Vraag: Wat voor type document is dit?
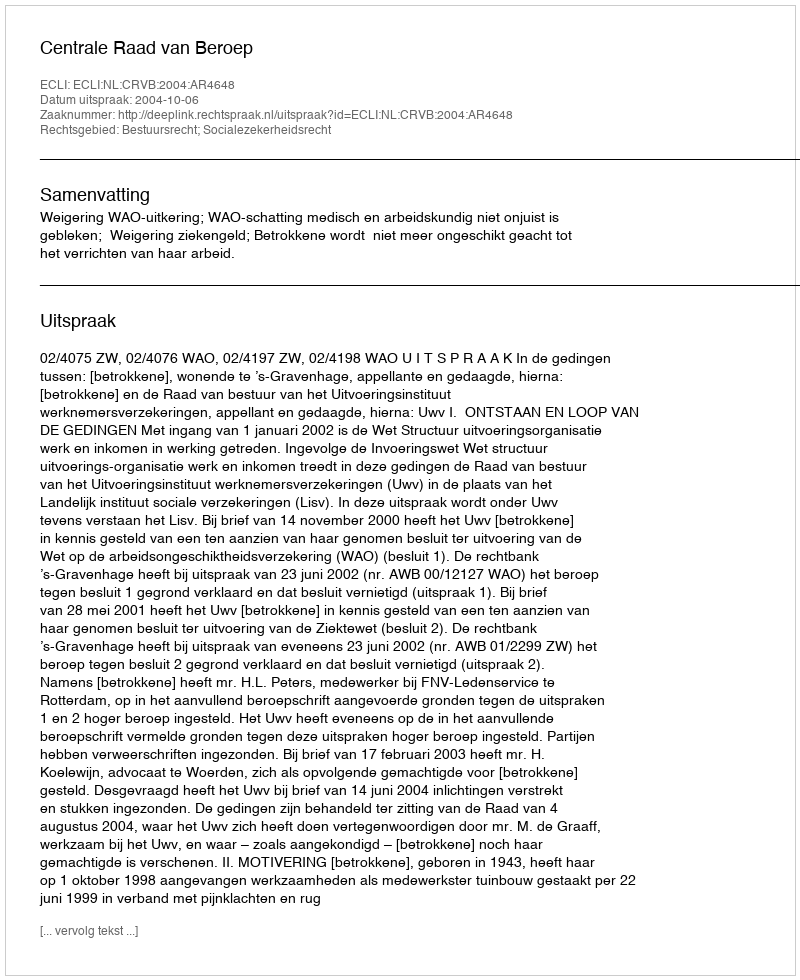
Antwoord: Uitspraak